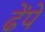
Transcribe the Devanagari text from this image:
ढेंपे